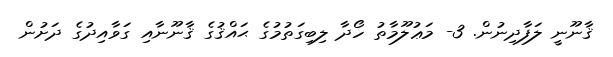
ޤާނޫނީ ލަފާދިނުން. 3- މަޢުލޫމާތު ހޯދާ ލިބިގަތުމުގެ ޙައްޤުގެ ޤާނޫނާއި ގަވާއިދުގެ ދަށުން